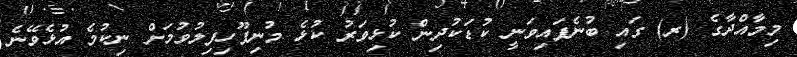
މިމާއްދާގެ (ރ) ގައި ބުނެފައިވަނީ ކުޑަކުދިން ކުޅިވަރު ކުޅެ މުނިފޫހިފިލުވުމަށް ނިކުމެ އުޅެވޭނެ